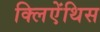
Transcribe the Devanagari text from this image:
क्लिऐंथिस